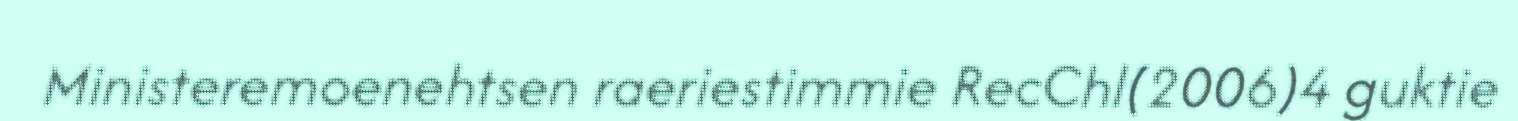
Ministeremoenehtsen raeriestimmie RecChl(2006)4 guktie